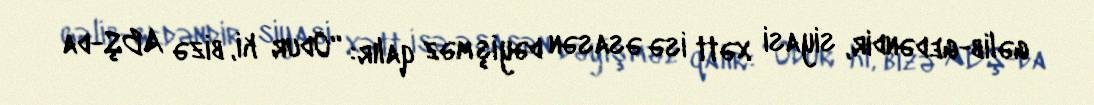
gəlib-gedəndir, siyasi xətt isə əsasən dəyişməz qalır: “Odur ki, bizə ABŞ-da